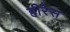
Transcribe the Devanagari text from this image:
हीरेस